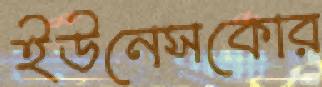
ইউনেসকোর